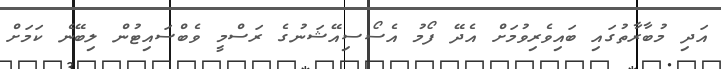
އަދި މުބާރާތުގައި ބައިވެރިވުމަށް އެދޭ ފޯމު އެސޯސިއޭޝަނުގެ ރަސްމީ ވެބްސައިޓުން ލިބޭނެ ކަމަށް